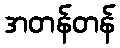
အတန်တန်